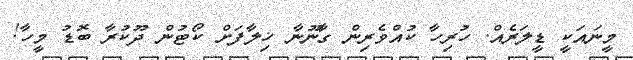
މީނައަކީ ޑީލަރެއް. ހުރިހާ ކުއްވެރިން ގާނޫނާ ޚިލާފަށް ކޯޓުން ދޫކުރާ ބޮޑު މީހާ!